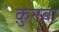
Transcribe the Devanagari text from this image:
क़ुनबा